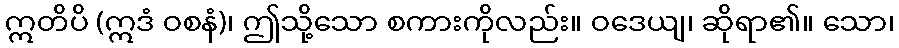
ဣတိပိ (ဣဒံ ဝစနံ)၊ ဤသို့သော စကားကိုလည်း။ ဝဒေယျ၊ ဆိုရာ၏။ သော၊